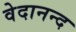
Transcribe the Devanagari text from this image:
वेदानन्द